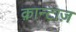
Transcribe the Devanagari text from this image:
क़ान्टाज़